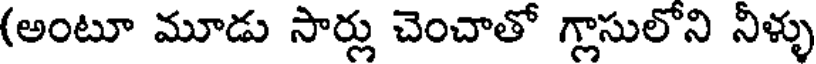
(అంటూ మూడు సార్లు చెంచాతో గ్లాసులోని నీళ్ళు